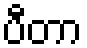
ပီတာ